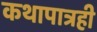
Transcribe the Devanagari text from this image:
कथापात्रही